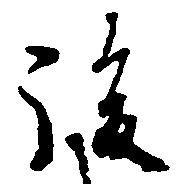
後